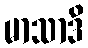
မာသာဒိ